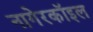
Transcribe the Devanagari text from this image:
नागेरकॉइल